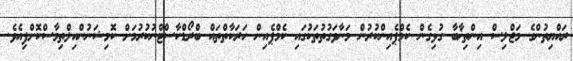
ރައްޔިތުންގެ މަޖްލިސް އިންތިޚާބާ ގުޅިގެން ކެމްޕެއިންކުރުން މަނާވަގުތުތަކުގައި ކެމްޕެއިން ހަރަކާތްތައް ބްރޯޑްކާސްޓްނުކުރުމަށް ކޮމިޝަނުންއިލްތިމާސްކޮށްފިއެވެ.